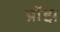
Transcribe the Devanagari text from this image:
ग्रॉझ